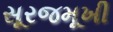
સૂરજમૂખી